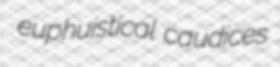
euphuistical caudices